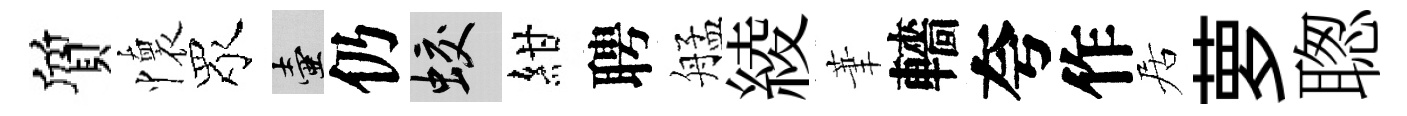
質懷眾壺仍蛟紺聘艋綾茟轖夸作居萝聦